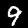
Digit: 9